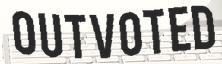
OUTVOTED